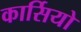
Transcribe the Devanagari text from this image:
कार्सियो